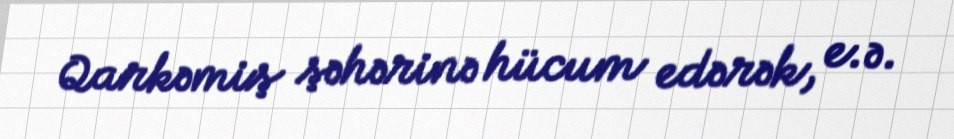
Qarkəmiş şəhərinə hücum edərək, e.ə.